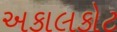
અકાલકોટ